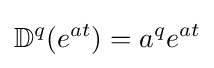
\mathbb {D} ^{q}(e^{at})=a^{q}e^{at}